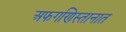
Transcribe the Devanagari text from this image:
अफगणिस्तानात